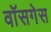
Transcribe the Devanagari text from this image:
वॉसगेस